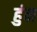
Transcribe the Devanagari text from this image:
हुंन